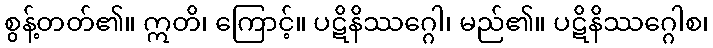
စွန့်တတ်၏။ ဣတိ၊ ကြောင့်။ ပဋိနိဿဂ္ဂေါ၊ မည်၏။ ပဋိနိဿဂ္ဂေါစ၊